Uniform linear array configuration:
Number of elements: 24
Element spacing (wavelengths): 1
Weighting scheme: exponential
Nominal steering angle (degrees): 60
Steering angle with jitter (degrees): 60.397
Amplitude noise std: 0.05
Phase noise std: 0.05

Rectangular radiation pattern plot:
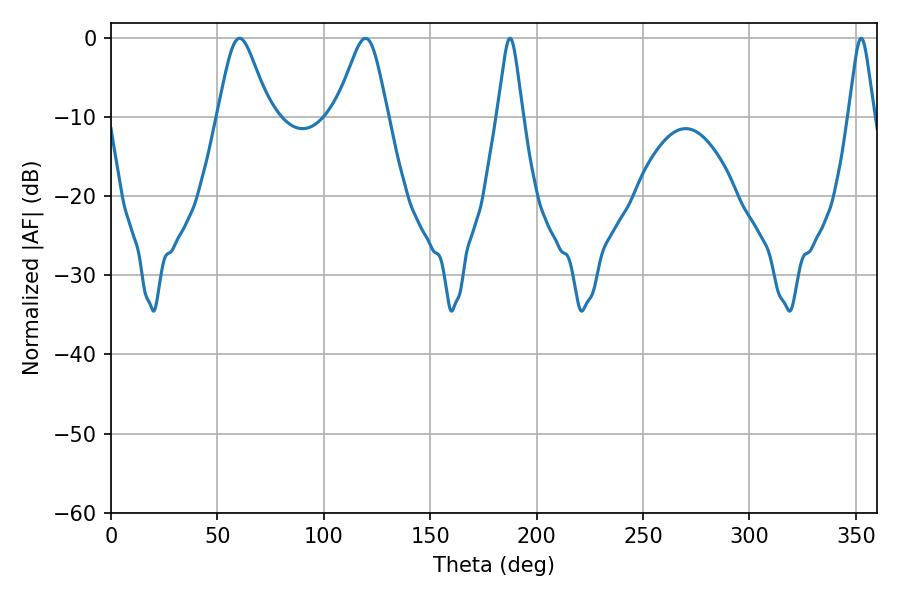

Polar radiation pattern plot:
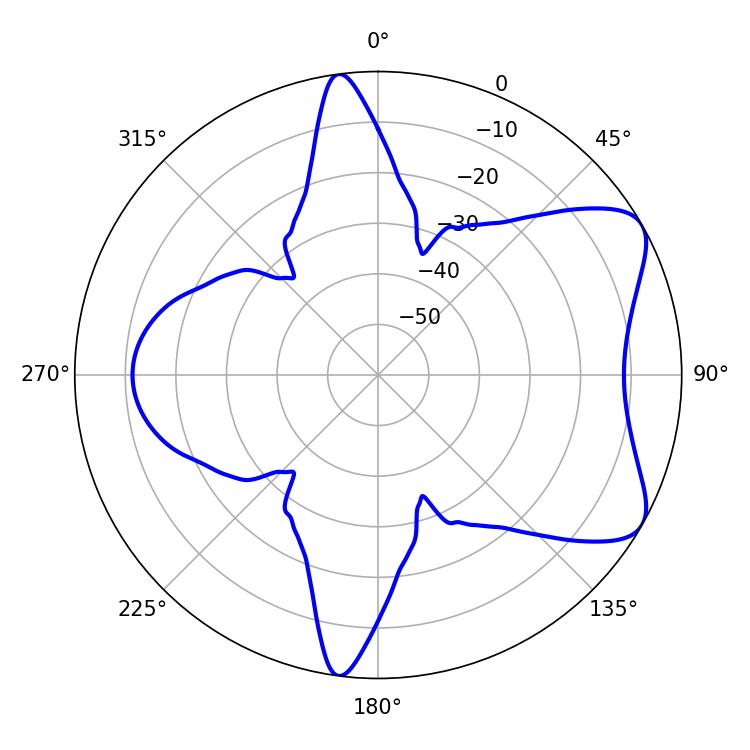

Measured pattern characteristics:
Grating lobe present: TRUE
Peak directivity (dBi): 7.005
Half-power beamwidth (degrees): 11.88
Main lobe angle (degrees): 60.48